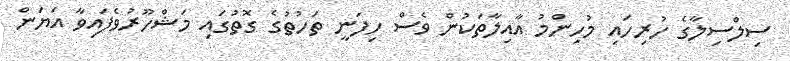
ސިލްސިލާގެ ހުރިހައި މުހިންމު އާއިލާތަކުން ވެސް ހިފަނީ ތަހުތުގެ ގޮތުގައި މަޝްހޫރުވެފައިވާ އަޔަން